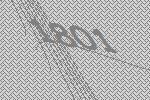
1801